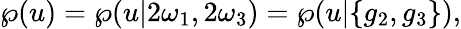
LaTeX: \wp(u)=\wp(u|2\omega_{1},2\omega_{3})=\wp(u|\{ g_{2},g_{3}\} ),